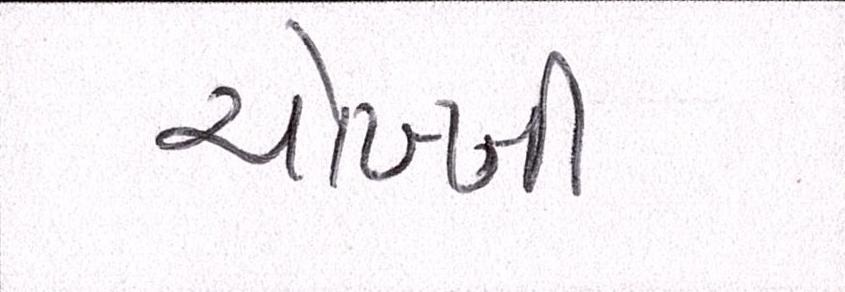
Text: ચોખ્ખી